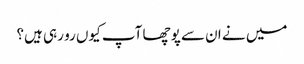
میں نے ان سے پوچھا آپ کیوں رو رہی ہیں؟